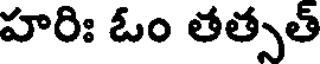
హరిః ఓం తత్సత్